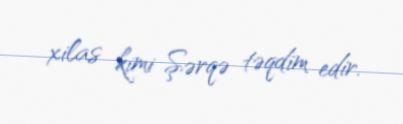
xilas kimi Şərqə təqdim edir.